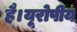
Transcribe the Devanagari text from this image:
है।यूरोपीय